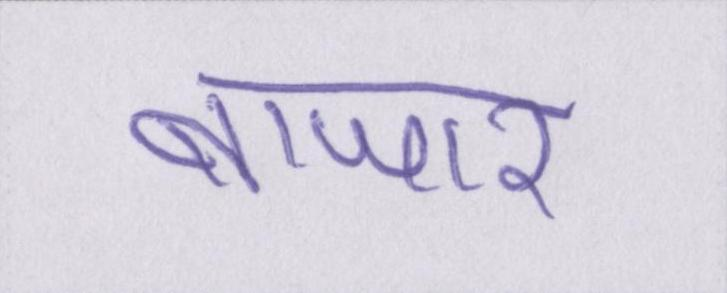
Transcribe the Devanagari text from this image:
बाजार